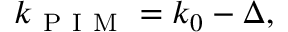
k _ { \mathrm { ~ P ~ I ~ M ~ } } = k _ { 0 } - \Delta ,